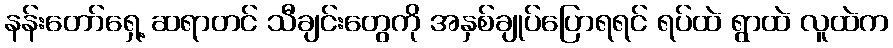
နန်းတော်ရှေ့ ဆရာတင် သီချင်းတွေကို အနှစ်ချုပ်ပြောရရင် ရပ်ထဲ ရွာထဲ လူထဲက